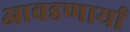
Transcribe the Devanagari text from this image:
आवडणार्या